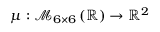
\mu : \mathcal { M } _ { 6 \times 6 } \left( \mathbb { R } \right) \to \mathbb { R } ^ { 2 }